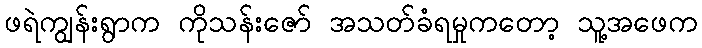
ဖရဲကျွန်းရွာက ကိုသန်းဇော် အသတ်ခံရမှုကတော့ သူ့အဖေက